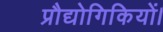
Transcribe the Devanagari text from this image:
प्रौद्योगिकियों।